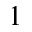
1